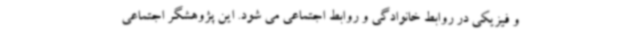
و فیزیکی در روابط خانوادگی و روابط اجتماعی می شود. این پژوهشگر اجتماعی